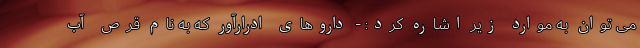
می توان به موارد زیر اشاره کرد: - داروهای ادرارآور که به نام قرص آب